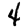
Digit: 4